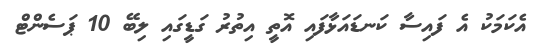
އެކަމަކު އެ ފައިސާ ކަނޑައަޅާފައި އޮތީ އިތުރު ގަޑީގައި ލިބޭ 10 ޕަސެންޓް